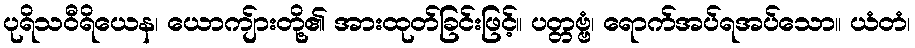
ပုရိသဝီရိယေန၊ ယောကျ်ားတို့၏ အားထုတ်ခြင်းဖြင့်။ ပတ္တဗ္ဗံ၊ ရောက်အပ်ရအပ်သော။ ယံတံ၊